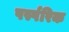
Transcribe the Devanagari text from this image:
पर्स्परिक